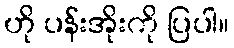
ဟို ပန်းအိုးကို ပြပါ။